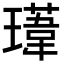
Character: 𭺁